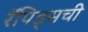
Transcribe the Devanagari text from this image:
रॅपिड्सची